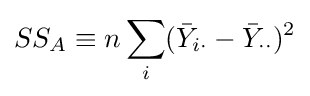
SS_{A}\equiv n\sum _{i}({\bar {Y}}_{i\cdot }-{\bar {Y}}_{\cdot \cdot })^{2}